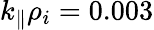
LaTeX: k_{\parallel}\rho_{i}=0.003